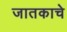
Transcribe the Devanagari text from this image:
जातकाचे